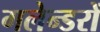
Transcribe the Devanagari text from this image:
गलेन्डरों